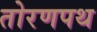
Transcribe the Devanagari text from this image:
तोरणपथ